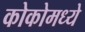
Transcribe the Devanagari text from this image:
कोकोमध्ये